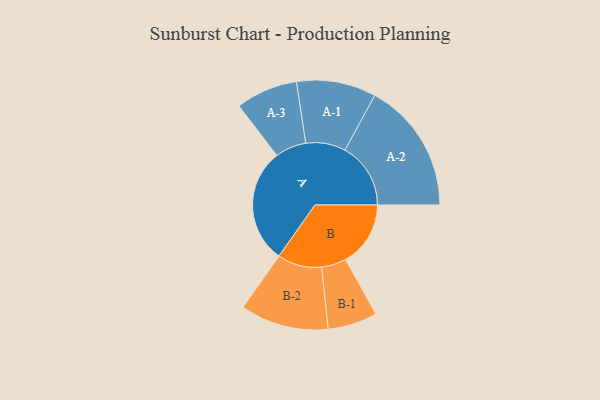
{"axis": {"x": "Segment", "y": "Value"}, "legend": ["", "A", "B"], "data": [{"x": "A", "y": 496, "type": ""}, {"x": "B", "y": 281, "type": ""}, {"x": "A-1", "y": 172, "type": "A"}, {"x": "A-2", "y": 284, "type": "A"}, {"x": "A-3", "y": 134, "type": "A"}, {"x": "B-1", "y": 107, "type": "B"}, {"x": "B-2", "y": 191, "type": "B"}]}